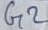
Text: G2